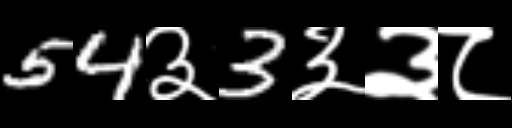
Text: 54३3३३८